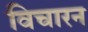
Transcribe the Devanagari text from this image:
विचारन